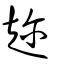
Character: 趂